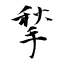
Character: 揫